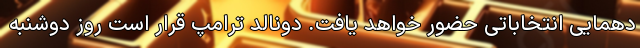
دهمایی انتخاباتی حضور خواهد یافت. دونالد ترامپ قرار است روز دوشنبه